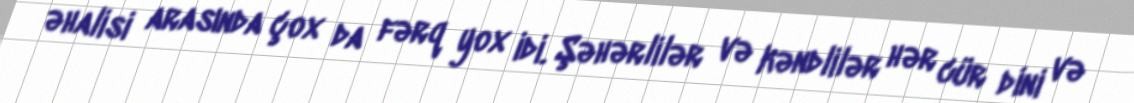
əhalisi arasında çox da fərq yox idi. Şəhərlilər və kəndlilər hər cür dini və